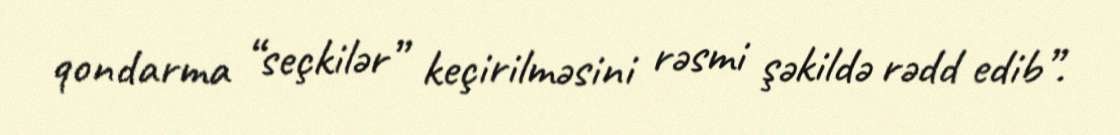
qondarma “seçkilər” keçirilməsini rəsmi şəkildə rədd edib”.